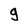
Character: g